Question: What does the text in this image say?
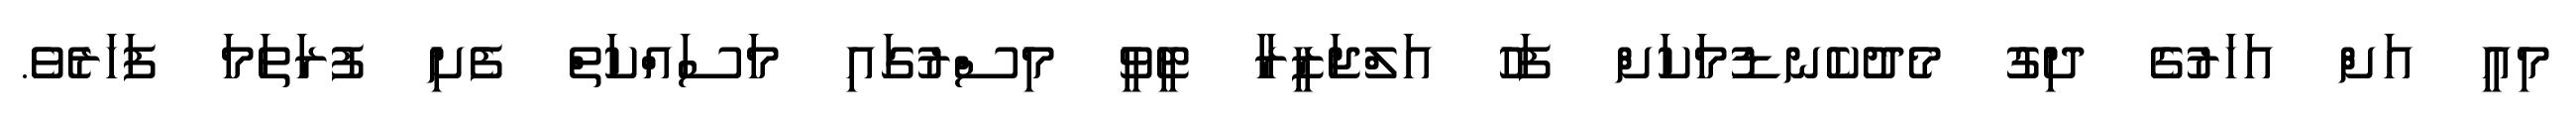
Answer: މިއީ އަށް އަހަރުގެ ދިގު މެދުކެނޑުމަކަށް ފަހު އަލްޖަޒީރާ ޓީވީ މިސްރުގައި މަސައްކަތް ފެށި ފުރަތަމަ ފަހަރެވެ.